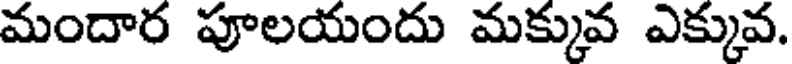
మందార పూలయందు మక్కువ ఎక్కువ.